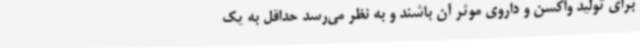
برای تولید واکسن و داروی موثر آن باشند و به نظر می‌رسد حداقل به یک